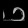
Digit: ၁